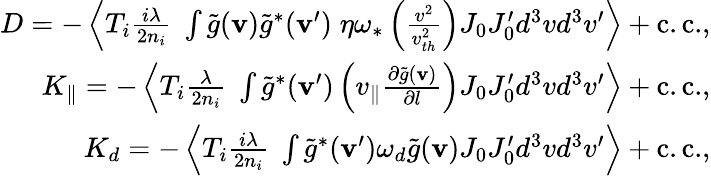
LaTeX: \begin{array}{r}{D=-\left\langle T_{i}\frac{i\lambda}{2n_{i}}\; \int\tilde{g}({\mathbf v})\tilde{g}^{*}({\mathbf v}^{\prime})\; \eta\omega_{\ast}\left(\frac{v^{2}}{v_{th}^{2}}\right)J_{0}J_{0}^{\prime}d^{3}vd^{3}v^{\prime}\right\rangle+\mathrm{c.c.},}\\ {K_{\| }=-\left\langle T_{i}\frac{\lambda}{2n_{i}}\; \int\tilde{g}^{*}({\mathbf v}^{\prime})\left(v_{\| }\frac{\partial\tilde{g}({\mathbf v})}{\partial l}\right)J_{0}J_{0}^{\prime}d^{3}vd^{3}v^{\prime}\right\rangle+\mathrm{c.c.},}\\ {K_{d}=-\left\langle T_{i}\frac{i\lambda}{2n_{i}}\; \int\tilde{g}^{*}({\mathbf v}^{\prime})\omega_{d}\tilde{g}({\mathbf v})J_{0}J_{0}^{\prime}d^{3}vd^{3}v^{\prime}\right\rangle+\mathrm{c.c.},}\end{array}